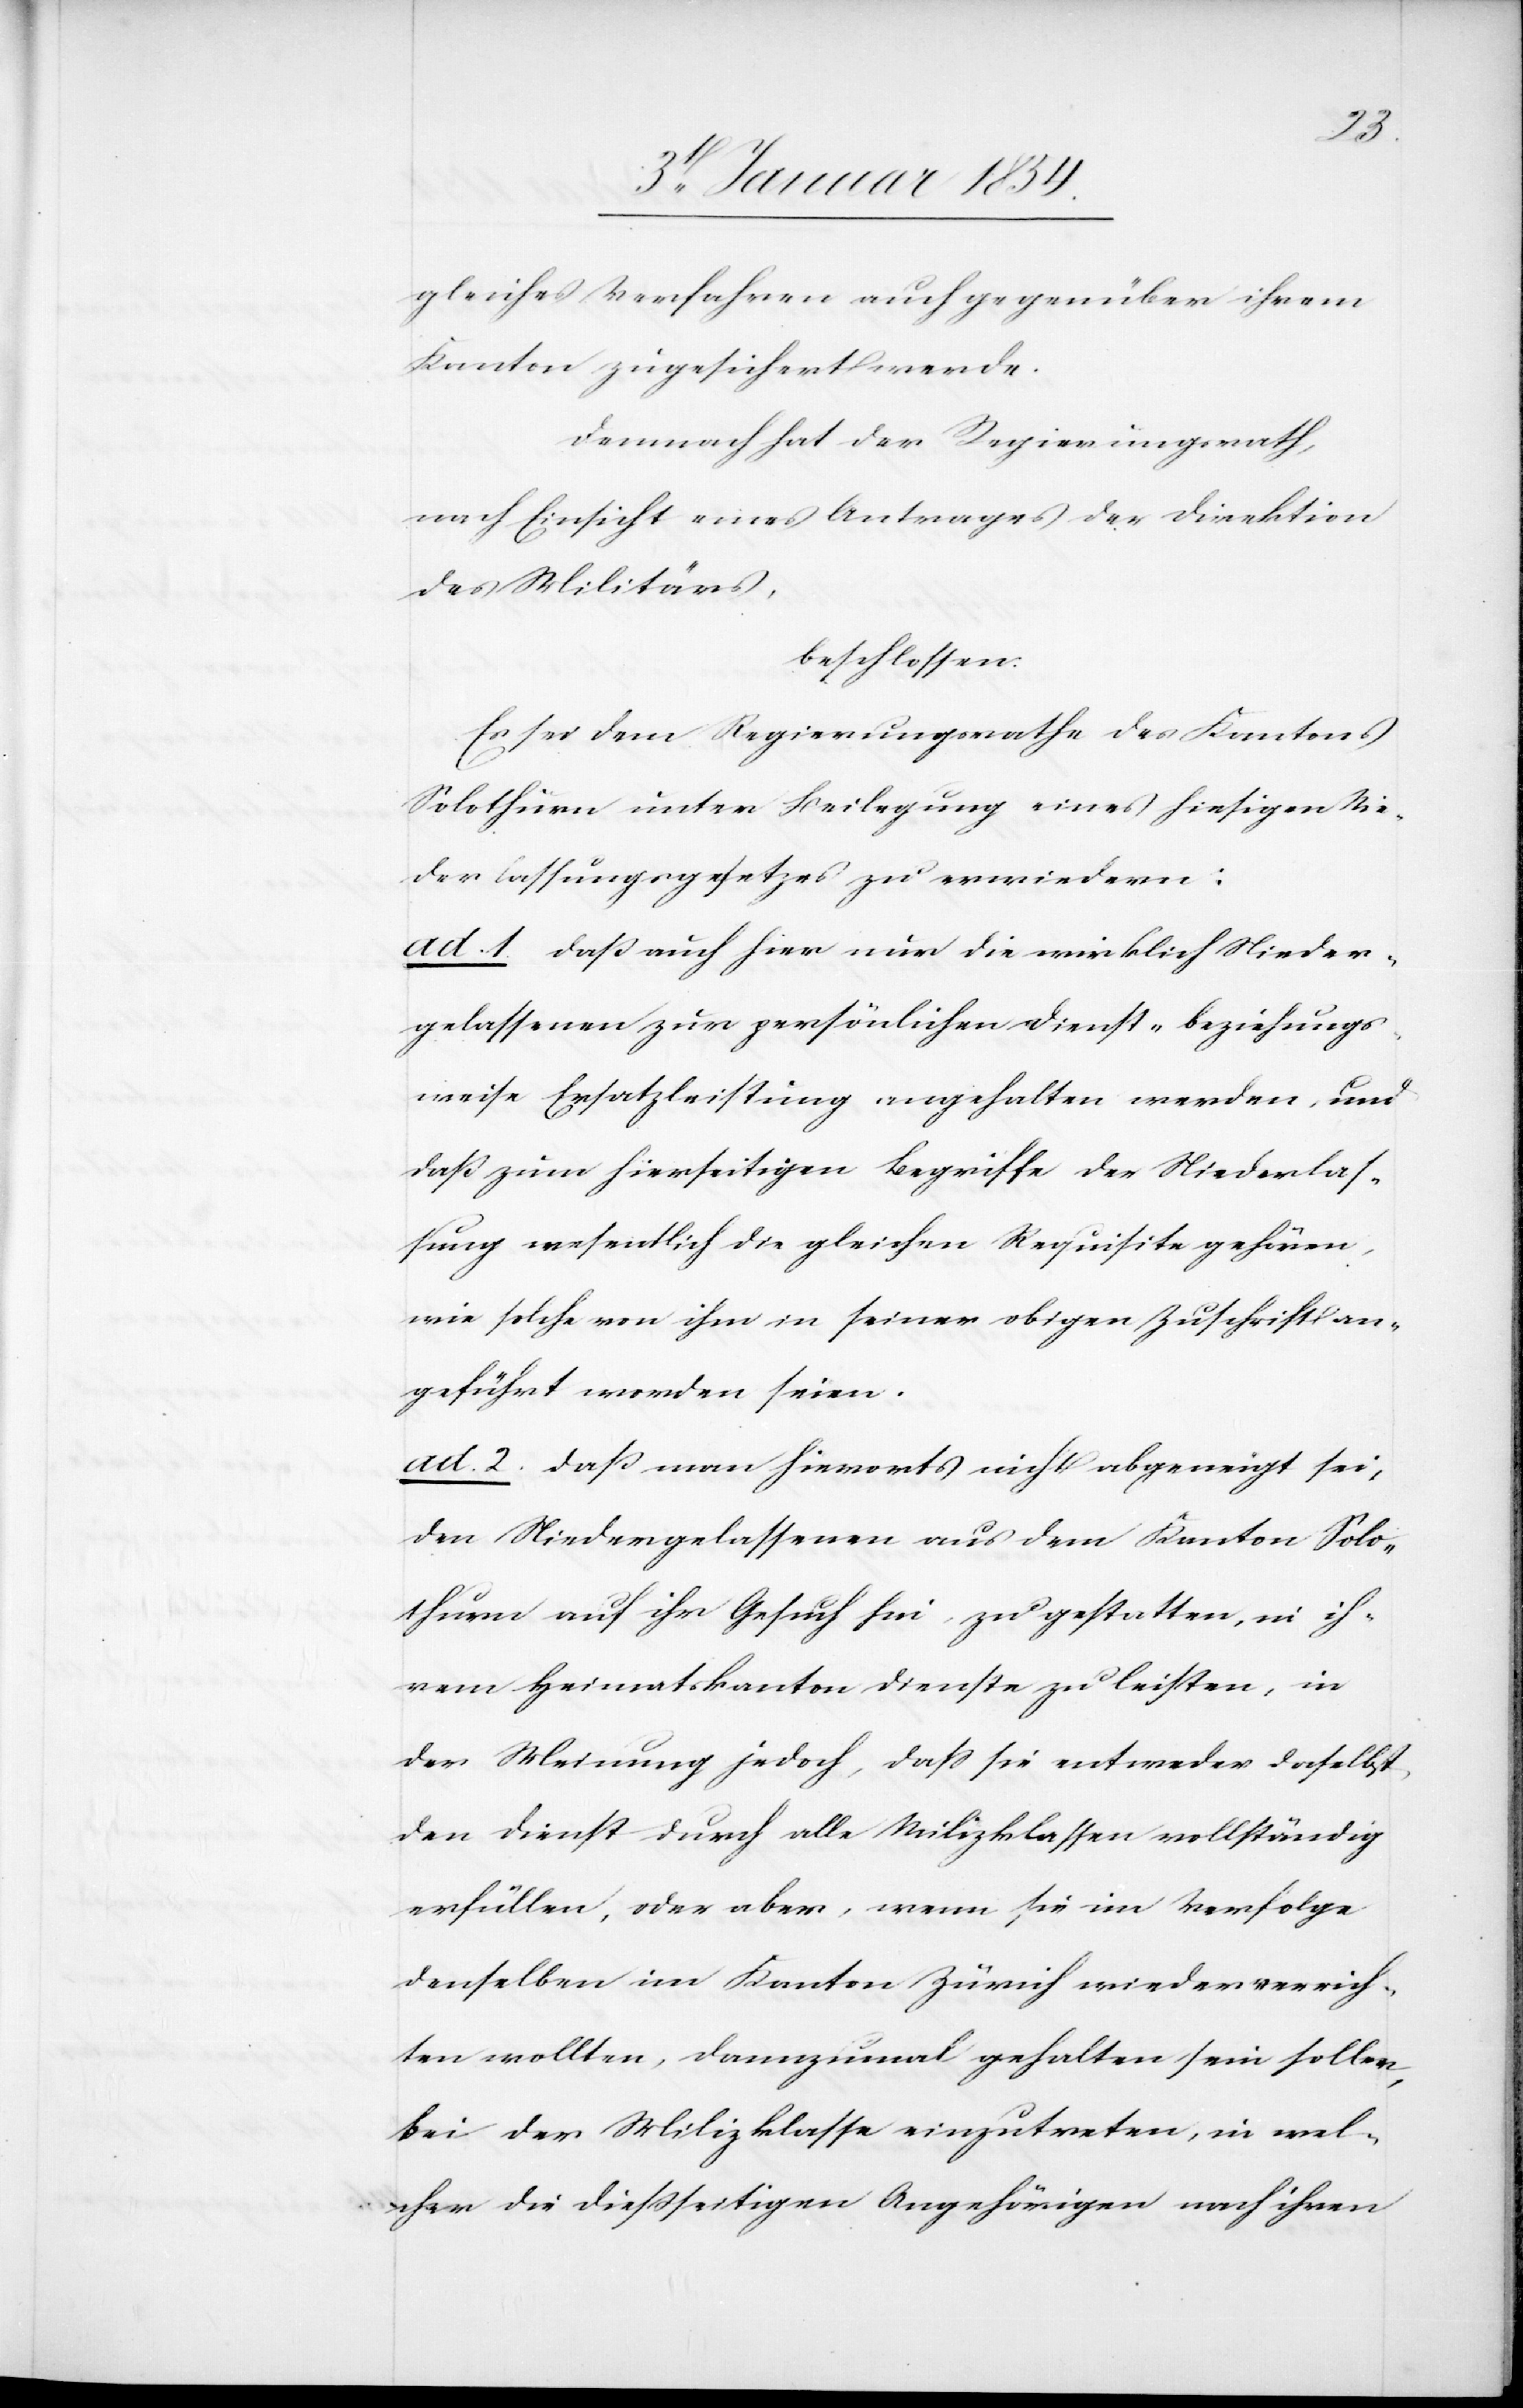
gleiches Verfahren auch gegenüber ihrem
Kanton zugesichert werde.
Demnach hat der Regierungsrath,
nach Einsicht eines Antrages der Direktion
des Militärs,
beschlossen.
Es sei dem Regierungsrathe des Kantons
Solothurn unter Beilegung eines hiesigen Nie¬
derlassungsgesetzes zu erwiedern:
ad. 1 daß auch hier nur die wirklich Nieder¬
gelassenen zum persönlichen Dienst- beziehungs¬
weise Ersatzleistung angehalten werden, und
daß zum hierseitigen Begriffe der Niederlas¬
sung wesentlich die gleichen Requisite gehören,
wie solche von ihm in seiner obigen Zuschrift an¬
geführt worden seien.
ad. 2 daß man hierorts nicht abgeneigt sei,
den Niedergelassenen aus dem Kanton Solo¬
thurn auf ihr Gesuch hin, zu gestatten, in ih¬
rem Heimatskanton Dienste zu leisten, in
der Weisung jedoch, daß sie entweder daselbst
den Dienst durch alle Milizklassen vollständig
erfüllen, oder aber, wenn sie im Verfolge
denselben im Kanton Zürich wieder verrich¬
ten wollten, dannzumal gehalten sein sollen,
bei der Milizklasse einzutreten, in wel¬
cher die dießseitigen Angehörigen nach ihren